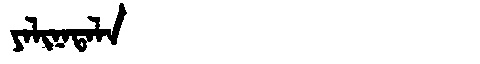
Manchu: ᠶᠠᠯᡳᠨᠠᡨᠠᠯᠠ
Romanization: YALINATALA